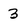
Character: 3